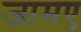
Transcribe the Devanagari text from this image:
जामए